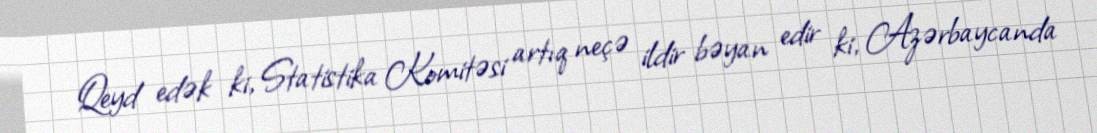
Qeyd edək ki, Statistika Komitəsi artıq neçə ildir bəyan edir ki, Azərbaycanda